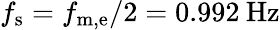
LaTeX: f_{\mathrm{s}}=f_{\mathrm{m,e}}/2=0.992\: \mathrm{Hz}